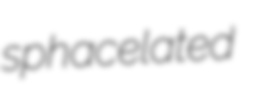
sphacelated